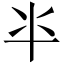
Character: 𠦂